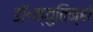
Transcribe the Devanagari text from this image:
डॉ॰क्युतिन्हो